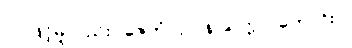
ဝါ၊ ဖြင့်မူလည်း။ ဇေတုံ၊ ငှါ။ န သက္ကာ၊ ကောင်း။]